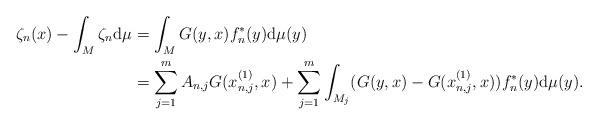
LaTeX: \begin{align*}\begin{aligned}\zeta_n(x)-\int_M \zeta_n\mathrm{d}\mu&=\int_MG(y,x)f_n^*(y)\mathrm{d}\mu(y)\\&=\sum_{j=1}^m A_{n,j}G(x_{n,j}^{(1)},x)+\sum_{j=1}^m\int_{M_j}(G(y,x)-G(x_{n,j}^{(1)},x))f_n^*(y)\mathrm{d}\mu(y).\end{aligned}\end{align*}